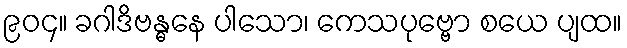
၉၀၄။ ခဂါဒိဗန္ဓနေ ပါသော၊ ကေသပုဗ္ဗော စယေ ပျထ။